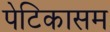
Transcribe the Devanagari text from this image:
पेटिकासम